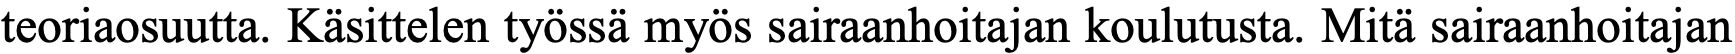
teoriaosuutta. Käsittelen työssä myös sairaanhoitajan koulutusta. Mitä sairaanhoitajan